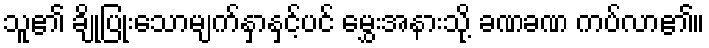
သူ၏ ချိုပြုံးသောမျက်နှာနှင့်ပင် မွှေးအနားသို့ ခဏခဏ ကပ်လာ၏။